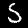
Digit: 5